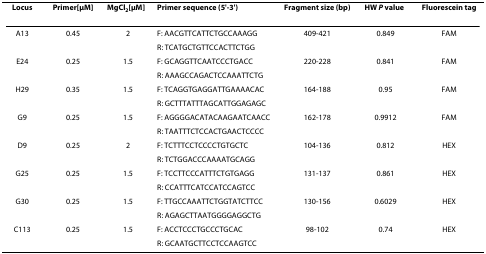
<table><thead><tr><td><b>Locus</b></td><td><b>Primer[μM]</b></td><td><b>MgCl<sub>2</sub>[μM]</b></td><td><b>Primer sequence (5&#x27;-3&#x27;)</b></td><td><b>Fragment size (bp)</b></td><td><b>HW <i>P </i>value</b></td><td><b>Fluorescein tag</b></td></tr></thead><tbody><tr><td>A13</td><td>0.45</td><td>2</td><td>F: AACGTTCATTCTGCCAAAGG</td><td>409-421</td><td>0.849</td><td>FAM</td></tr><tr><td></td><td></td><td></td><td>R: TCATGCTGTTCCACTTCTGG</td><td></td><td></td><td></td></tr><tr><td>E24</td><td>0.25</td><td>1.5</td><td>F: GCAGGTTCAATCCCTGACC</td><td>220-228</td><td>0.841</td><td>FAM</td></tr><tr><td></td><td></td><td></td><td>R: AAAGCCAGACTCCAAATTCTG</td><td></td><td></td><td></td></tr><tr><td>H29</td><td>0.35</td><td>1.5</td><td>F: TCAGGTGAGGATTGAAAACAC</td><td>164-188</td><td>0.95</td><td>FAM</td></tr><tr><td></td><td></td><td></td><td>R: GCTTTATTTAGCATTGGAGAGC</td><td></td><td></td><td></td></tr><tr><td>G9</td><td>0.25</td><td>1.5</td><td>F: AGGGGACATACAAGAATCAACC</td><td>162-178</td><td>0.9912</td><td>FAM</td></tr><tr><td></td><td></td><td></td><td>R: TAATTTCTCCACTGAACTCCCC</td><td></td><td></td><td></td></tr><tr><td>D9</td><td>0.25</td><td>2</td><td>F: TCTTTCCTCCCCTGTGCTC</td><td>104-136</td><td>0.812</td><td>HEX</td></tr><tr><td></td><td></td><td></td><td>R: TCTGGACCCAAAATGCAGG</td><td></td><td></td><td></td></tr><tr><td>G25</td><td>0.25</td><td>1.5</td><td>F: TCCTTCCCATTTCTGTGAGG</td><td>131-137</td><td>0.861</td><td>HEX</td></tr><tr><td></td><td></td><td></td><td>R: CCATTTCATCCATCCAGTCC</td><td></td><td></td><td></td></tr><tr><td>G30</td><td>0.25</td><td>1.5</td><td>F: TTGCCAAATTCTGGTATCTTCC</td><td>130-156</td><td>0.6029</td><td>HEX</td></tr><tr><td></td><td></td><td></td><td>R: AGAGCTTAATGGGGAGGCTG</td><td></td><td></td><td></td></tr><tr><td>C113</td><td>0.25</td><td>1.5</td><td>F: ACCTCCCTGCCCTGCAC</td><td>98-102</td><td>0.74</td><td>HEX</td></tr><tr><td></td><td></td><td></td><td>R: GCAATGCTTCCTCCAAGTCC</td><td></td><td></td><td></td></tr></tbody></table>